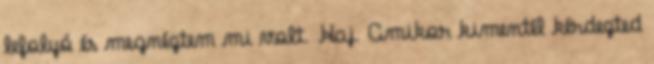
lefolyó és megnéztem mi volt. Haj. Amikor kimentél kérdezted